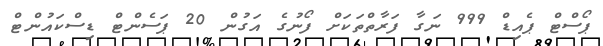
ޕޯސްޓް ޕެއިޑް 999 ނަގާ ފަރާތްތަކަށް ފޯނުގެ އަގުން 20 ޕަސެންޓް ޑިސްކައުންޓް